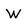
Character: W